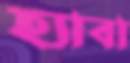
হ্যাবা